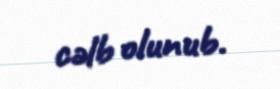
cəlb olunub.